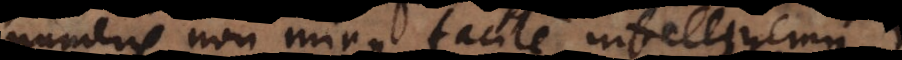
numeris non minus facile intelligemus